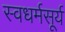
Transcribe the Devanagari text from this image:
स्वधर्मसूर्य